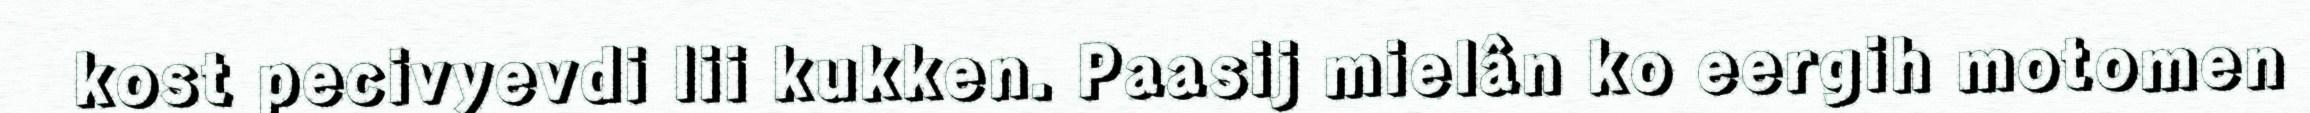
kost pecivyevdi lii kukken. Paasij mielân ko eergih motomen